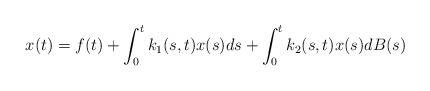
LaTeX: \begin{align*} x(t)=f(t)+\int_{0}^{t}k_1(s,t)x(s)ds+\int_{0}^{t}k_2(s,t)x(s)dB(s)\end{align*}